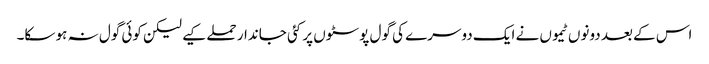
اس کے بعد دونوں ٹیموں نے ایک دوسرے کی گول پوسٹوں پر کئی جاندار حملے کیے لیکن کوئی گول نہ ہو سکا۔